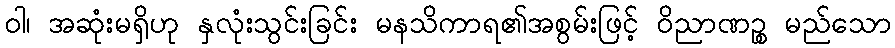
ဝါ၊ အဆုံးမရှိဟု နှလုံးသွင်းခြင်း မနသိကာရ၏အစွမ်းဖြင့် ဝိညာဏဉ္စ မည်သော